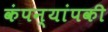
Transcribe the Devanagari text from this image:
कंपन्यांपकी